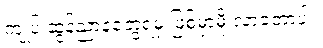
ကျုပ် ဆွန်ညာနဲ့တွေ့ရမှ ဖြစ်မှာမို့ လာခဲ့တာပါ။